Civil Veterinary Dept. Bombay admin report 1932-41 - 1932-1941
Year: 1932
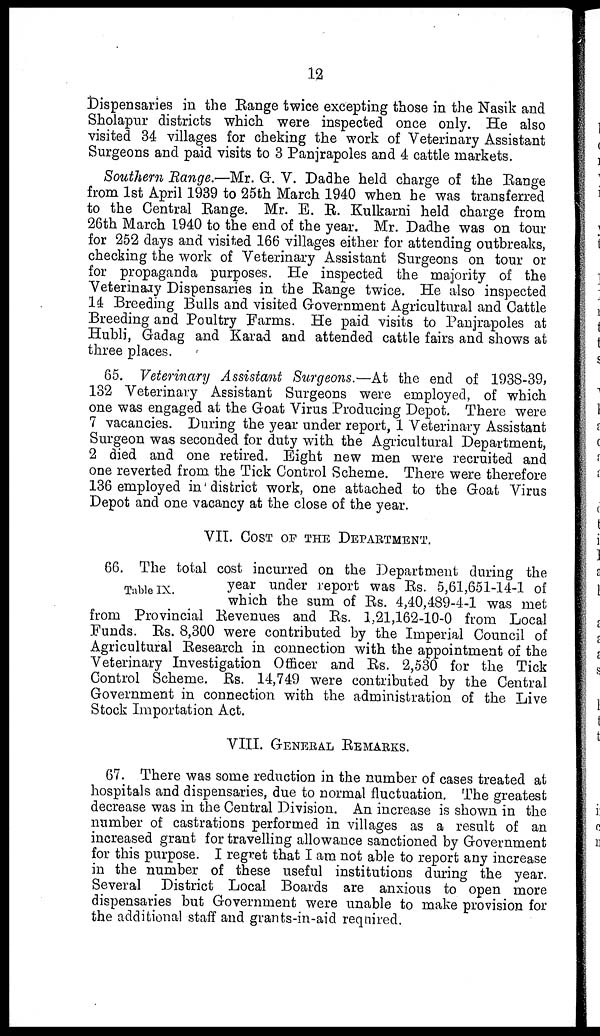
12
Dispensaries in the Range twice excepting those in the Nasik and
Sholapur districts which were inspected once only. He also
visited 34 villages for cheking the work of Veterinary Assistant
Surgeons and paid visits to 3 Panjrapoles and 4 cattle markets.
Southern Range.—Mr. G. V. Dadhe held charge of the Range
from 1st April 1939 to 25th March 1940 when he was transferred
to the Central Range. Mr. E. R. Kulkarni held charge from
26th March 1940 to the end of the year. Mr. Dadhe was on tour
for 252 days and visited 166 villages either for attending outbreaks,
checking the work of Veterinary Assistant Surgeons on tour or
for propaganda purposes. He inspected the majority of the
Veterinary Dispensaries in the Range twice. He also inspected
14 Breeding Bulls and visited Government Agricultural and Cattle
Breeding and Poultry Farms. He paid visits to Panjrapoles at
Hubli, Gadag and Karad and attended cattle fairs and shows at
three places.
65. Veterinary Assistant Surgeons.—At the end of 1938-39,
132 Veterinary Assistant Surgeons were employed, of which
one was engaged at the Goat Virus Producing Depot. There were
7 vacancies. During the year under report, 1 Veterinary Assistant
Surgeon was seconded for duty with the Agricultural Department,
2 died and one retired. Eight new men were recruited and
one reverted from the Tick Control Scheme. There were therefore
136 employed in district work, one attached to the Goat Virus
Depot and one vacancy at the close of the year.
VII. COST OF THE DEPARTMENT.
Table IX.
66. The total cost incurred on the Department during the
year under report was Rs. 5,61,651-14-1 of
which the sum of Rs. 4,40,489-4-1 was met
from Provincial Revenues and Rs. 1,21,162-10-0 from Local
Funds. Rs. 8,300 were contributed by the Imperial Council of
Agricultural Research in connection with the appointment of the
Veterinary Investigation Officer and Rs. 2,530 for the Tick
Control Scheme. Rs. 14,749 were contributed by the Central
Government in connection with the administration of the Live
Stock Importation Act.
VIII. GENERAL REMARKS.
67. There was some reduction in the number of cases treated at
hospitals and dispensaries, due to normal fluctuation. The greatest
decrease was in the Central Division. An increase is shown in the
number of castrations performed in villages as a result of an
increased grant for travelling allowance sanctioned by Government
for this purpose. I regret that I am not able to report any increase
in the number of these useful institutions during the year.
Several District Local Boards are anxious to open more
dispensaries but Government were unable to make provision for
the additional staff and grants-in-aid required.